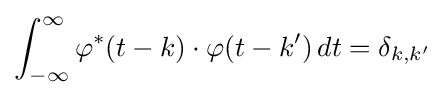
\int _{-\infty }^{\infty }\varphi ^{*}(t-k)\cdot \varphi (t-k')\,dt=\delta _{k,k'}